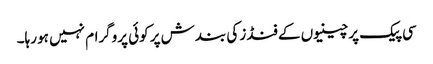
سی پیک پر چینیوں کے فنڈز کی بندش پر کوئی پروگرام نہیں ہو رہا۔